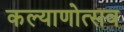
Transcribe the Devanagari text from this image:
कल्‍याणोत्‍सव